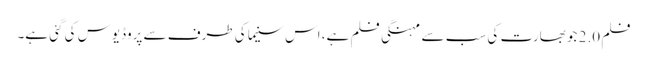
فلم 2.0 جو بھارت کی سب سے مہنگی فلم ہے، اس سنیما کی طرف سے پروڈیوس کی گئی ہے۔